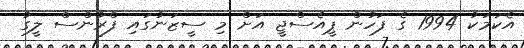
އެކަމަކު 1994 ގެ ފަހުން ޕީއެސްޖީ އަށް މި ސީޒަނުގައި ފްރާންސް ލީގު